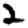
Digit: 2